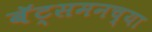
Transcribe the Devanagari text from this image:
बॅट्समनच्या